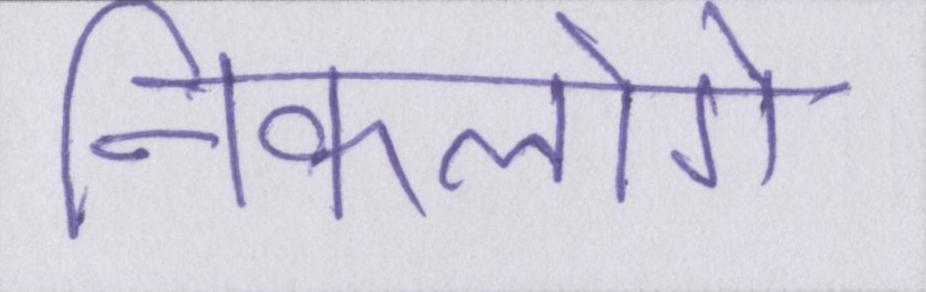
निकलोगे